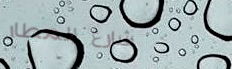
شارع المطار